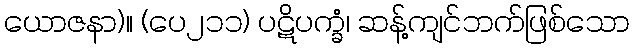
ယောဇနာ)။ (ပေ၂၁၁) ပဋိပက္ခံ၊ ဆန့်ကျင်ဘက်ဖြစ်သော